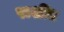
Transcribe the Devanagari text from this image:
राशींत